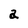
Character: a